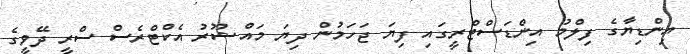
އިންޑިޔާގެ ފިލްމު އިންޑަސްޓްރީގައި ފިޔަ ޖަހަމުން ދިޔަ މައްޝޫރު އެކްޓްރެސް ސްރީ ދޭވީގެ